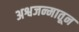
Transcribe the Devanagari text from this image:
अश्वजन्मातून